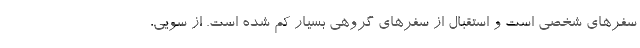
سفرهای شخصی است و استقبال از سفرهای گروهی بسیار کم شده است. از سویی،